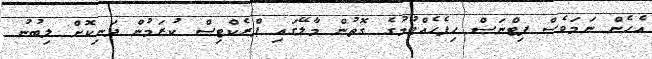
އެހެން ނަމަވެސް ފިޓްނަސް ހިފެހެއްޓުމުގެ ގޮތުން މާލޭގައި ޕްރެކްޓިސް ކުރަމުން ދަނިކޮށް ލިބުނު